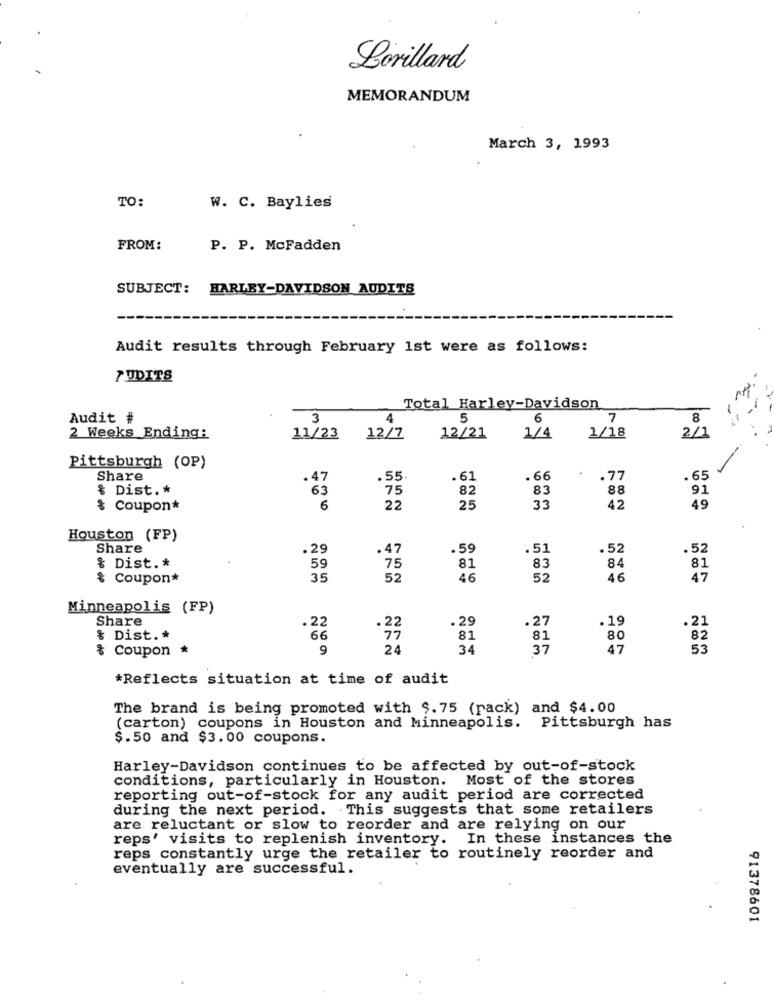
Lorillard
MEMORANDUM
March 3, 1993
TO:
W. C. Baylies
FROM:
P. P. McFadden
SUBJECT: HARLEY-DAVIDSON AUDITS
Audit results through February 1st were as follows:
PUDITS
Total Harley-Davidson
Audit #
3
4
5
6
7
8
11/23
1/18
2/1
2 Weeks Ending:
12/7
12/21
1/4
Pittsburgh (OP)
Share
.55
. 61
.66
.77
. 65
& Dist .*
75
82
83
88
91
63
$ Coupon*
22
25
33
42
49
Houston (FP)
Share
.29
.47
.59
.51
.52
.52
59
75
83
84
81
& Dist .*
81
$ Coupon*
35
52
46
52
46
47
Minneapolis (FP)
Share
.29
.27
. 19
.21
.22
.22
& Dist .*
66
81
81
80
82
& Coupon *
9
24
34
37
47
53
*Reflects situation at time of audit
The brand is being promoted with $. 75 (rack) and $4.00
Pittsburgh has
(carton) coupons in Houston and Minneapolis.
$.50 and $3.00 coupons.
Harley-Davidson continues to be affected by out-of-stock
conditions, particularly in Houston. Most of the stores
reporting out-of-stock for any audit period are corrected
during the next period. This suggests that some retailers
are reluctant or slow to reorder and are relying on our
reps' visits to replenish inventory. In these instances the
reps constantly urge the retailer to routinely reorder and
eventually are successful.
91378601